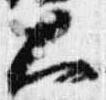
大